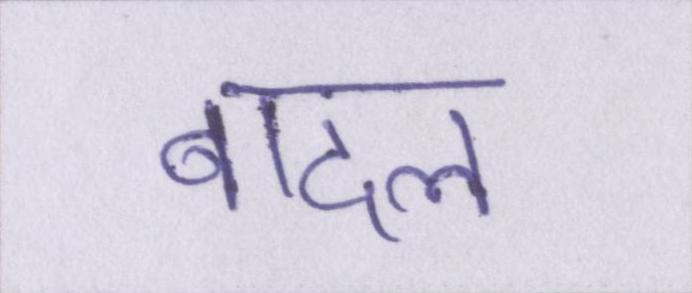
बादल